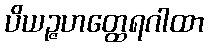
ပိယဉ္ဇဟတ္ထေရဂါထာ